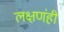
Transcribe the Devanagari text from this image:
लक्षणंही